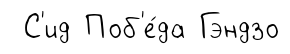
С'ид Поб'е́да Гэндзо